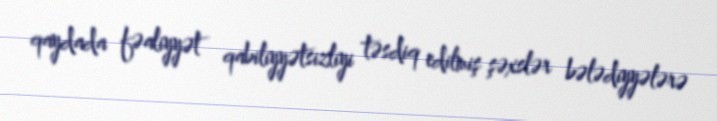
qaydada fəaliyyət qabiliyyətsizliyi təsdiq edilmiş şəxslər bələdiyyələrə